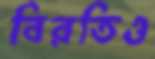
বিরতিও